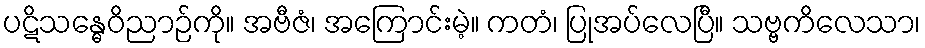
ပဋိသန္ဓေဝိညာဉ်ကို။ အဗီဇံ၊ အကြောင်းမဲ့။ ကတံ၊ ပြုအပ်လေပြီ။ သဗ္ဗကိလေသာ၊